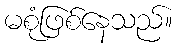
မစုံဖြစ်နေသည်။